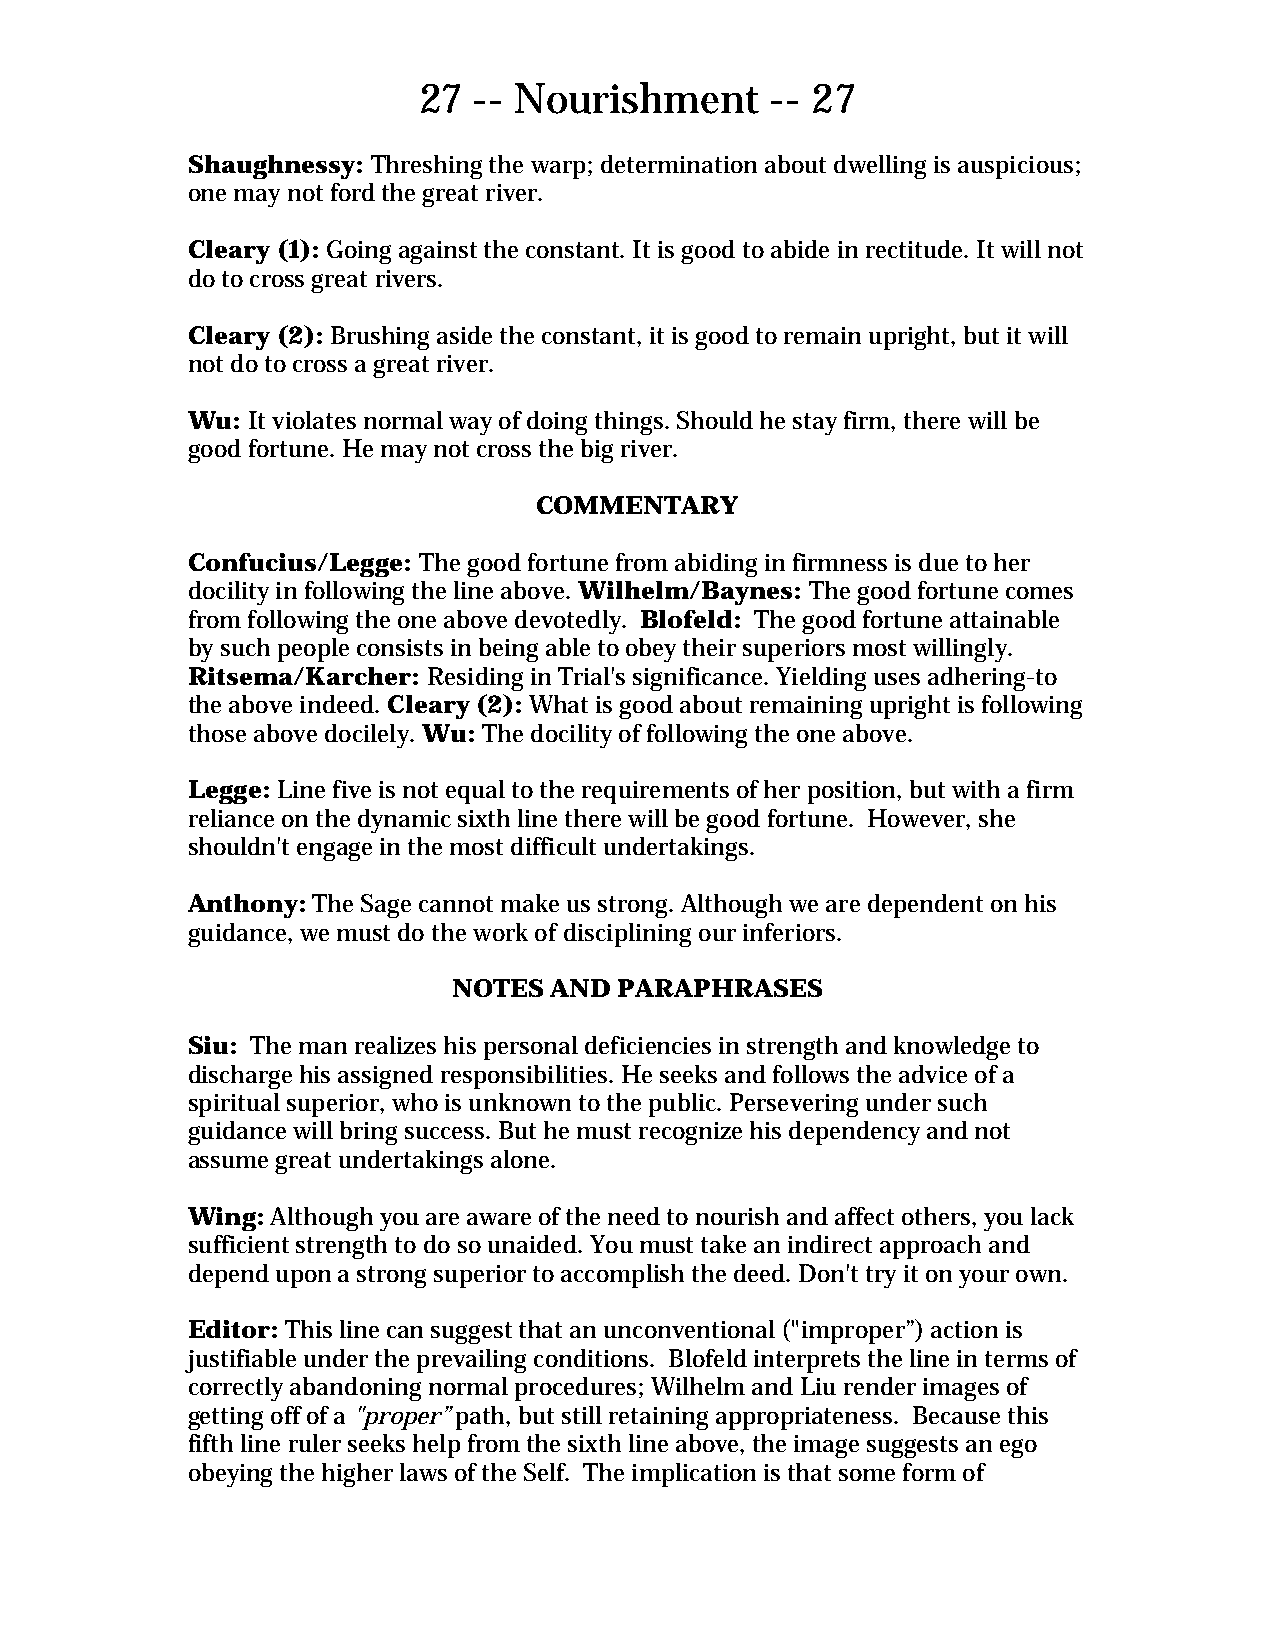
27 -- Nourishment      -- 27
 Shaughnessy: Threshing the warp; determination about dwelling is auspicious;
 one may not ford the great river.
 Cleary (1): Going against the constant. It is good to abide in rectitude. It will not
 do to cross great rivers.
 Cleary (2): Brushing aside the constant, it is good to remain upright, but it will
 not do to cross a great river.
 Wu: It violates normal way of doing things. Should he stay firm, there will be
 good fortune. He may not cross the big river.
 COMMENTARY
 Confucius/Legge: The good fortune from abiding in firmness is due to her
 docility in following the line above. Wilhelm/Baynes: The good fortune comes
 from following the one above devotedly. Blofeld: The good fortune attainable
 by such people consists in being able to obey their superiors most willingly.
 Ritsema/Karcher: Residing in Trial's significance. Yielding uses adhering-to
 the above indeed. Cleary (2): What is good about remaining upright is following
 those above docilely. Wu: The docility of following the one above.
 Legge: Line five is not equal to the requirements of her position, but with a firm
 reliance on the dynamic sixth line there will be good fortune. However, she
 shouldn't engage in the most difficult undertakings.
 Anthony: The Sage cannot make us strong. Although we are dependent on his
 guidance, we must do the work of disciplining our inferiors.
 NOTES AND  PARAPHRASES
 Siu: The man realizes his personal deficiencies in strength and knowledge to
 discharge his assigned responsibilities. He seeks and follows the advice of a
 spiritual superior, who is unknown to the public. Persevering under such
 guidance will bring success. But he must recognize his dependency and not
 assume great undertakings alone.
 Wing: Although you are aware of the need to nourish and affect others, you lack
 sufficient strength to do so unaided. You must take an indirect approach and
 depend upon a strong superior to accomplish the deed. Don't try it on your own.
 Editor: This line can suggest that an unconventional ("improper”) action is
 justifiable under the prevailing conditions. Blofeld interprets the line in terms of
 correctly abandoning normal procedures; Wilhelm and Liu render images of
 getting off of a "proper” path, but still retaining appropriateness. Because this
 fifth line ruler seeks help from the sixth line above, the image suggests an ego
 obeying the higher laws of the Self. The implication is that some form of